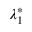
\lambda _ { 1 } ^ { * }